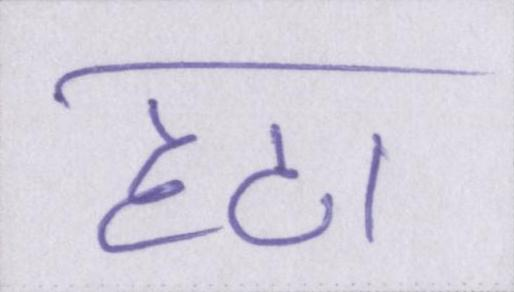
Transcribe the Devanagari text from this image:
हटा